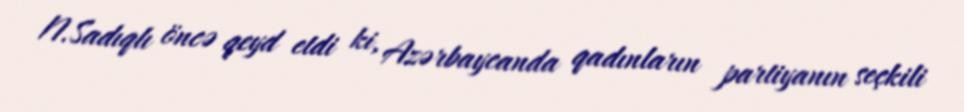
N.Sadıqlı öncə qeyd etdi ki, Azərbaycanda qadınların partiyanın seçkili